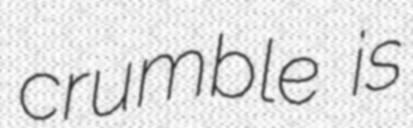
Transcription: crumble is